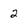
Character: 2